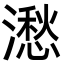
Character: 㵞